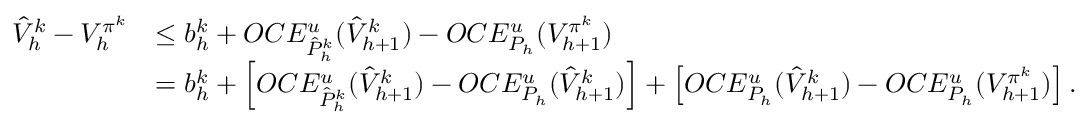
\begin{array} { r l } { \hat { V } _ { h } ^ { k } - V _ { h } ^ { \pi ^ { k } } } & { \le b _ { h } ^ { k } + O C E _ { \hat { P } _ { h } ^ { k } } ^ { u } ( \hat { V } _ { h + 1 } ^ { k } ) - O C E _ { P _ { h } } ^ { u } ( V _ { h + 1 } ^ { \pi ^ { k } } ) } \\ & { = b _ { h } ^ { k } + \left[ O C E _ { \hat { P } _ { h } ^ { k } } ^ { u } ( \hat { V } _ { h + 1 } ^ { k } ) - O C E _ { P _ { h } } ^ { u } ( \hat { V } _ { h + 1 } ^ { k } ) \right] + \left[ O C E _ { P _ { h } } ^ { u } ( \hat { V } _ { h + 1 } ^ { k } ) - O C E _ { P _ { h } } ^ { u } ( V _ { h + 1 } ^ { \pi ^ { k } } ) \right] . } \end{array}